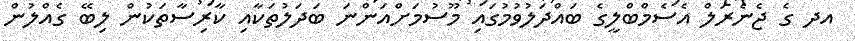
އދ ގެ ޖެނެރަލް އެސެމްބްލީގެ ބައްދަލުވުމުގައި މޫސުމަށްއަންނަ ބަދަލުތަކާއި ކާރިސާތަކުން ލިބޭ ގެއްލުން